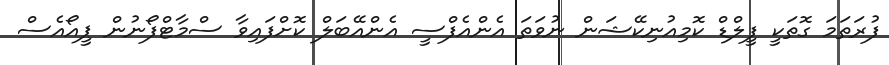
ފުރަތަމަ ގޮތަކީ ފީލްޑް ކޮމިއުނިކޭޝަން ނުވަތަ އެންއެފްސީ އެންއޭބަލް ކޮށްފައިވާ ސްމާޓްފޯނުން ޕީއޯއެސް